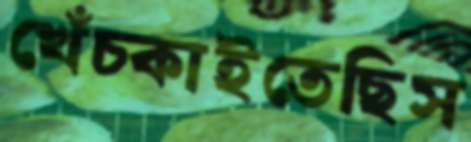
খেঁচ্‌কাইতেছিস